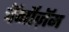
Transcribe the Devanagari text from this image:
चॅर्नोज़ॅम